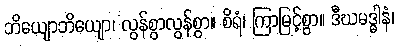
ဘိယျောဘိယျော၊ လွန်စွာလွန်စွာ။ စိရံ၊ ကြာမြင့်စွာ။ ဒီဃမဒ္ဓါနံ၊